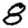
Digit: 8